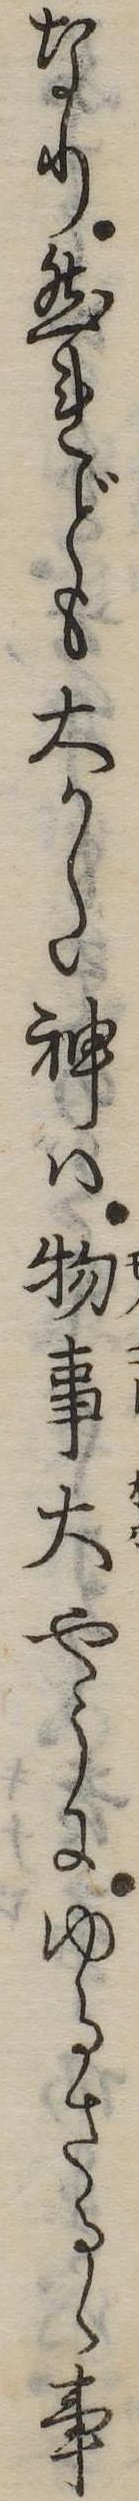
なり然れども大かた神は物事大やうにゆるさるゝ事